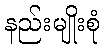
နည်းမျိုးစုံ